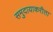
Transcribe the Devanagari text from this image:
समुदायाकरीता